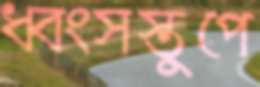
ধ্বংসস্তুপে